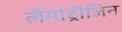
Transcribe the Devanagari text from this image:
लैमोट्रीजिन